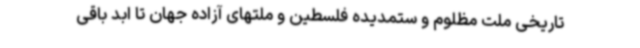
تاریخی ملت مظلوم و ستمدیده فلسطین و ملتهای آزاده جهان تا ابد باقی